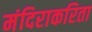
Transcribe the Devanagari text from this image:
मंदिराकरिता